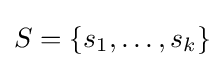
S=\{s_{1},\ldots ,s_{k}\}